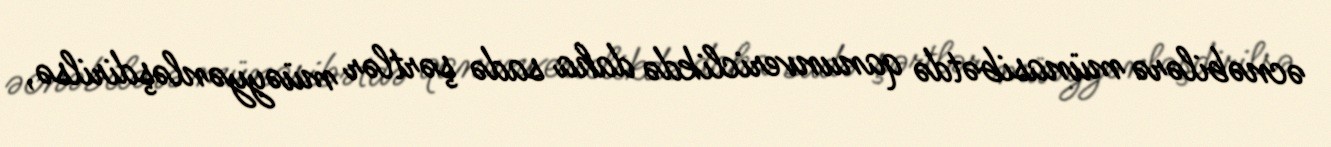
əcnəbilərə münasibətdə qanunvericlikdə daha sadə şərtlər müəyyənləşdirilsə,